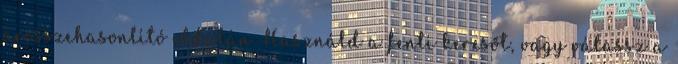
árösszehasonlító oldalán Használd a fenti keresőt, vagy válassz a